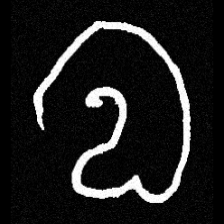
Pyu character \u2014 Myanmar letter: လ (romanized: la)